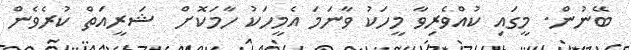
ބޭނުން. މީގައި ކުއްވެރިވާ މީހަކު ވާނަމަ އެމީހަކު ހާމަކޮށް  ޝަރީއަތް ކުރެވެން